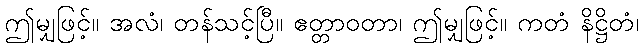
ဤမျှဖြင့်။ အလံ၊ တန်သင့်ပြီ။ ဧတ္တာဝတာ၊ ဤမျှဖြင့်။ ကတံ နိဋ္ဌိတံ၊